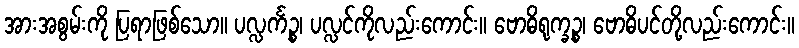
အားအစွမ်းကို ပြရာဖြစ်သော။ ပလ္လင်္ကဉ္စ၊ ပလ္လင်ကိုလည်းကောင်း။ ဗောဓိရုက္ခဉ္စ၊ ဗောဓိပင်တို့လည်းကောင်း။